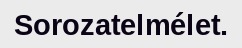
Sorozatelmélet.